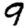
Digit: 9